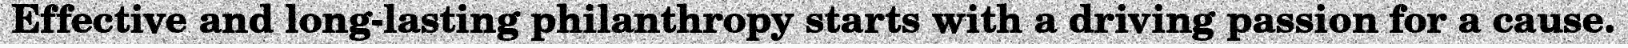
Effective and long-lasting philanthropy starts with a driving passion for a cause.